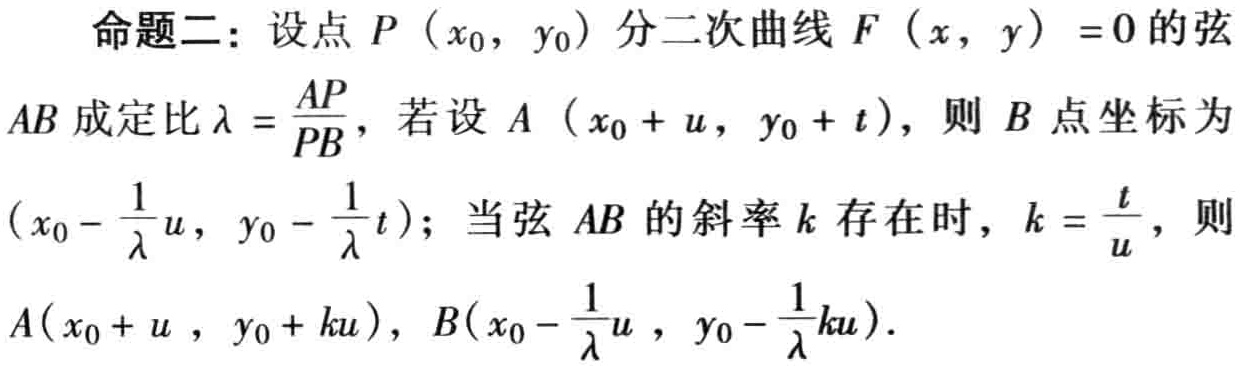
命题二：设点\(P\left(x_{0},y_{0}\right)\)分二次曲线\(F(x,y)=0\)的弦\(AB\)成定比\(\lambda =\frac{AP}{PB}\)，若设\(A\left(x_{0}+u,y_{0}+t\right)\)，则\(B\)点坐标为\(\left(x_{0}-\frac{1}{\lambda }u,y_{0}-\frac{1}{\lambda }t\right)\)；当弦\(AB\)的斜率\(k\)存在时，\(k = \frac{t}{u}\)，则\(A(x_{0}+u,y_{0}+ku)\)，\(B\left(x_{0}-\frac{1}{\lambda }u,y_{0}-\frac{1}{\lambda }ku\right)\)。